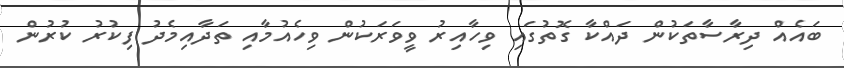
ބައެއް ދިރާސާތަކުން ދައްކާ ގޮތުގައި ވިހާއިރު ވީވަރަކުން ވިހެއުމާއި ތަދާއިމެދު ފިކުރު ކުރުން